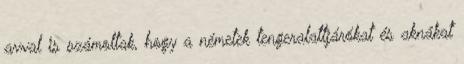
avval is számoltak, hogy a németek tengeralattjárókat és aknákat